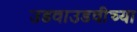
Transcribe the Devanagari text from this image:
उडवाउडवीच्या